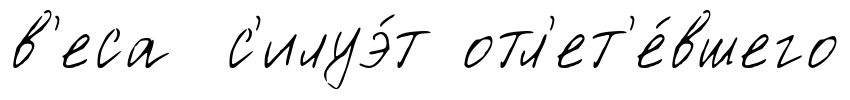
в'еса с'илуэ́т отл'ет'е́вшего